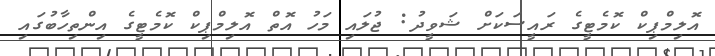
އޮލިމްޕިކް ކޮމެޓީގެ ރައީސަކަށް ޝަވީދު: ޖުލައި މަހު އޮތް އޮލިމްޕިކް ކޮމެޓީގެ އިންތިހާބުގައި